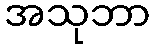
အသုဘာ